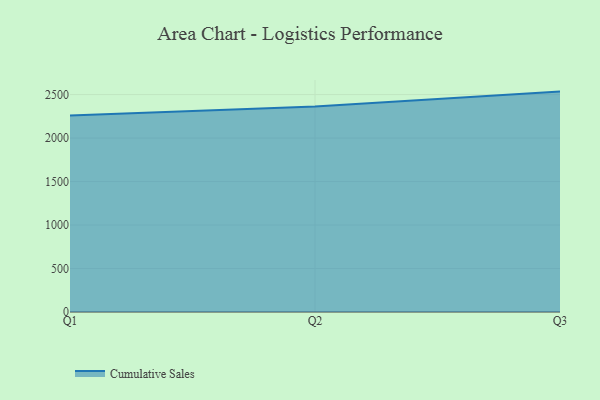
{"axis": {"x": "Quarter", "y": "Production Output"}, "legend": ["Cumulative Sales"], "data": [{"x": "Q1", "y": 2259.4, "type": "Cumulative Sales"}, {"x": "Q2", "y": 2362.8, "type": "Cumulative Sales"}, {"x": "Q3", "y": 2534.0, "type": "Cumulative Sales"}]}